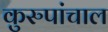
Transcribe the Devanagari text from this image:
कुरुपांचाल